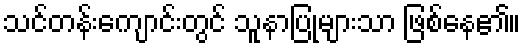
သင်တန်းကျောင်းတွင် သူနာပြုများသာ ဖြစ်နေ၏။